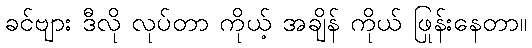
ခင်ဗျား ဒီလို လုပ်တာ ကိုယ့် အချိန် ကိုယ် ဖြုန်းနေတာ။